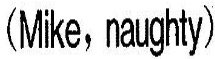
(Mike,naughty)